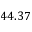
4 4 . 3 7